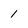
Character: 1